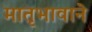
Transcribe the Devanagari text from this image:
मातृभावाने